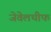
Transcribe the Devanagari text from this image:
जेवेलथीफ